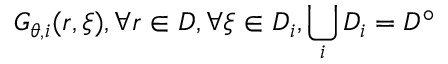
G _ { \theta , i } ( \boldsymbol { r } , \boldsymbol { \xi } ) , \forall \boldsymbol { r } \in D , \forall \boldsymbol { \xi } \in D _ { i } , \bigcup _ { i } D _ { i } = D ^ { \circ }